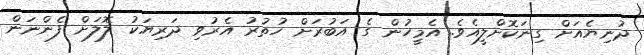
ދުނިޔެއަށް ގިނަކޮށްލީއެވެ. އެމީހުން ގެ އަބުރަށް ހުތުރު އެރުވި ދަރިޔަކު ލޮލަށް ފެންނަން